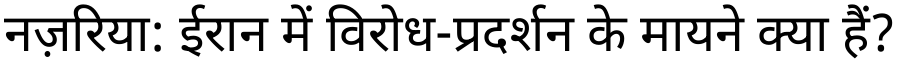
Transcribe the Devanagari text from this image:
नज़रिया: ईरान में विरोध-प्रदर्शन के मायने क्या हैं?